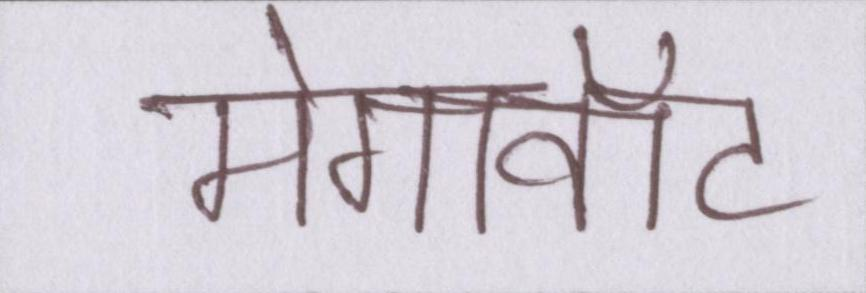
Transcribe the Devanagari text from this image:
मेगावॉट